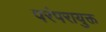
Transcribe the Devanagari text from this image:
परंपरायुक्त